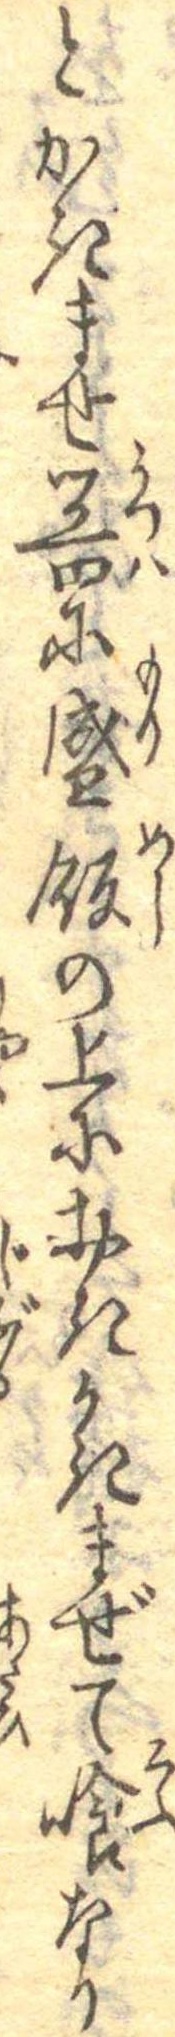
とかきませ器に盛飯の上におきかきまぜて喰なり